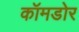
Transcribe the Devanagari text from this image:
कॉमडोर